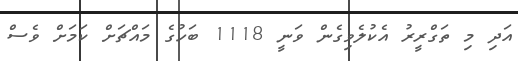
އަދި މި ތަގްރީރު އެކުލެވިގެން ވަނީ 1118 ބަހުގެ މައްޗަށް ކަމަށް ވެސް